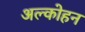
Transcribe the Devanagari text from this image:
अल्कोहन